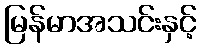
မြန်မာအသင်းနှင့်